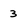
Character: 3